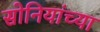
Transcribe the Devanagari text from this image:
सोनियांच्या